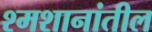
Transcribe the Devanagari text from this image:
श्मशानांतील